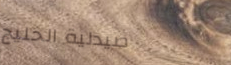
صيدلية الخليج